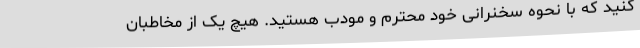
کنید که با نحوه سخنرانی خود محترم و مودب هستید. هیچ یک از مخاطبان